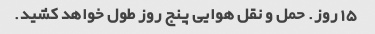
15 روز. حمل و نقل هوایی پنج روز طول خواهد کشید.